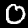
Label: 0